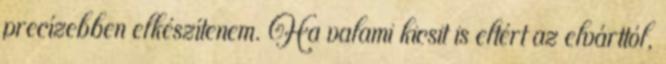
precízebben elkészítenem. Ha valami kicsit is eltért az elvárttól,